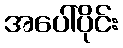
အပေါ်ပိုင်း